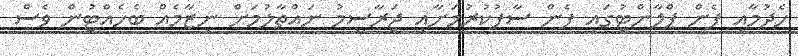
ހެދުމާއި ފެން ޕްލާންޓުގައި ފެން ސާފުކުރުމަށާއި ޖަރާސީމު ނައްތާލުމަށް ނިޒާމެއް ބެހެއްޓުން ވެސް